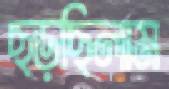
ছড়ছিলাম